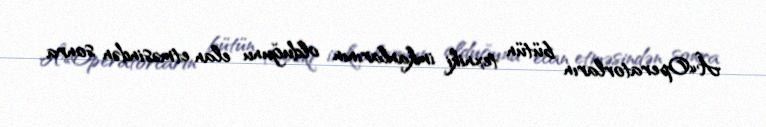
Â«Operatorların bütün texniki imkanlarının olduğunu elan etməsindən sonra